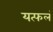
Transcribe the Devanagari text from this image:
यत्फलं